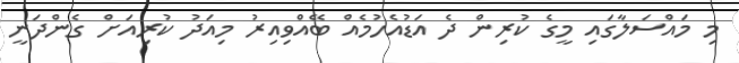
މި މައްސަލާގައި މީގެ ކުރިން ދެ އަޑުއެހުމެއް ބޭއްވިއިރު މިއަދު ކުރިއަށް ގެންދަނީ